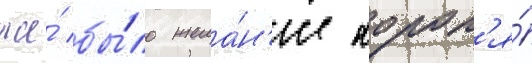
же́ бы́ло жела́н'ие корол'я́